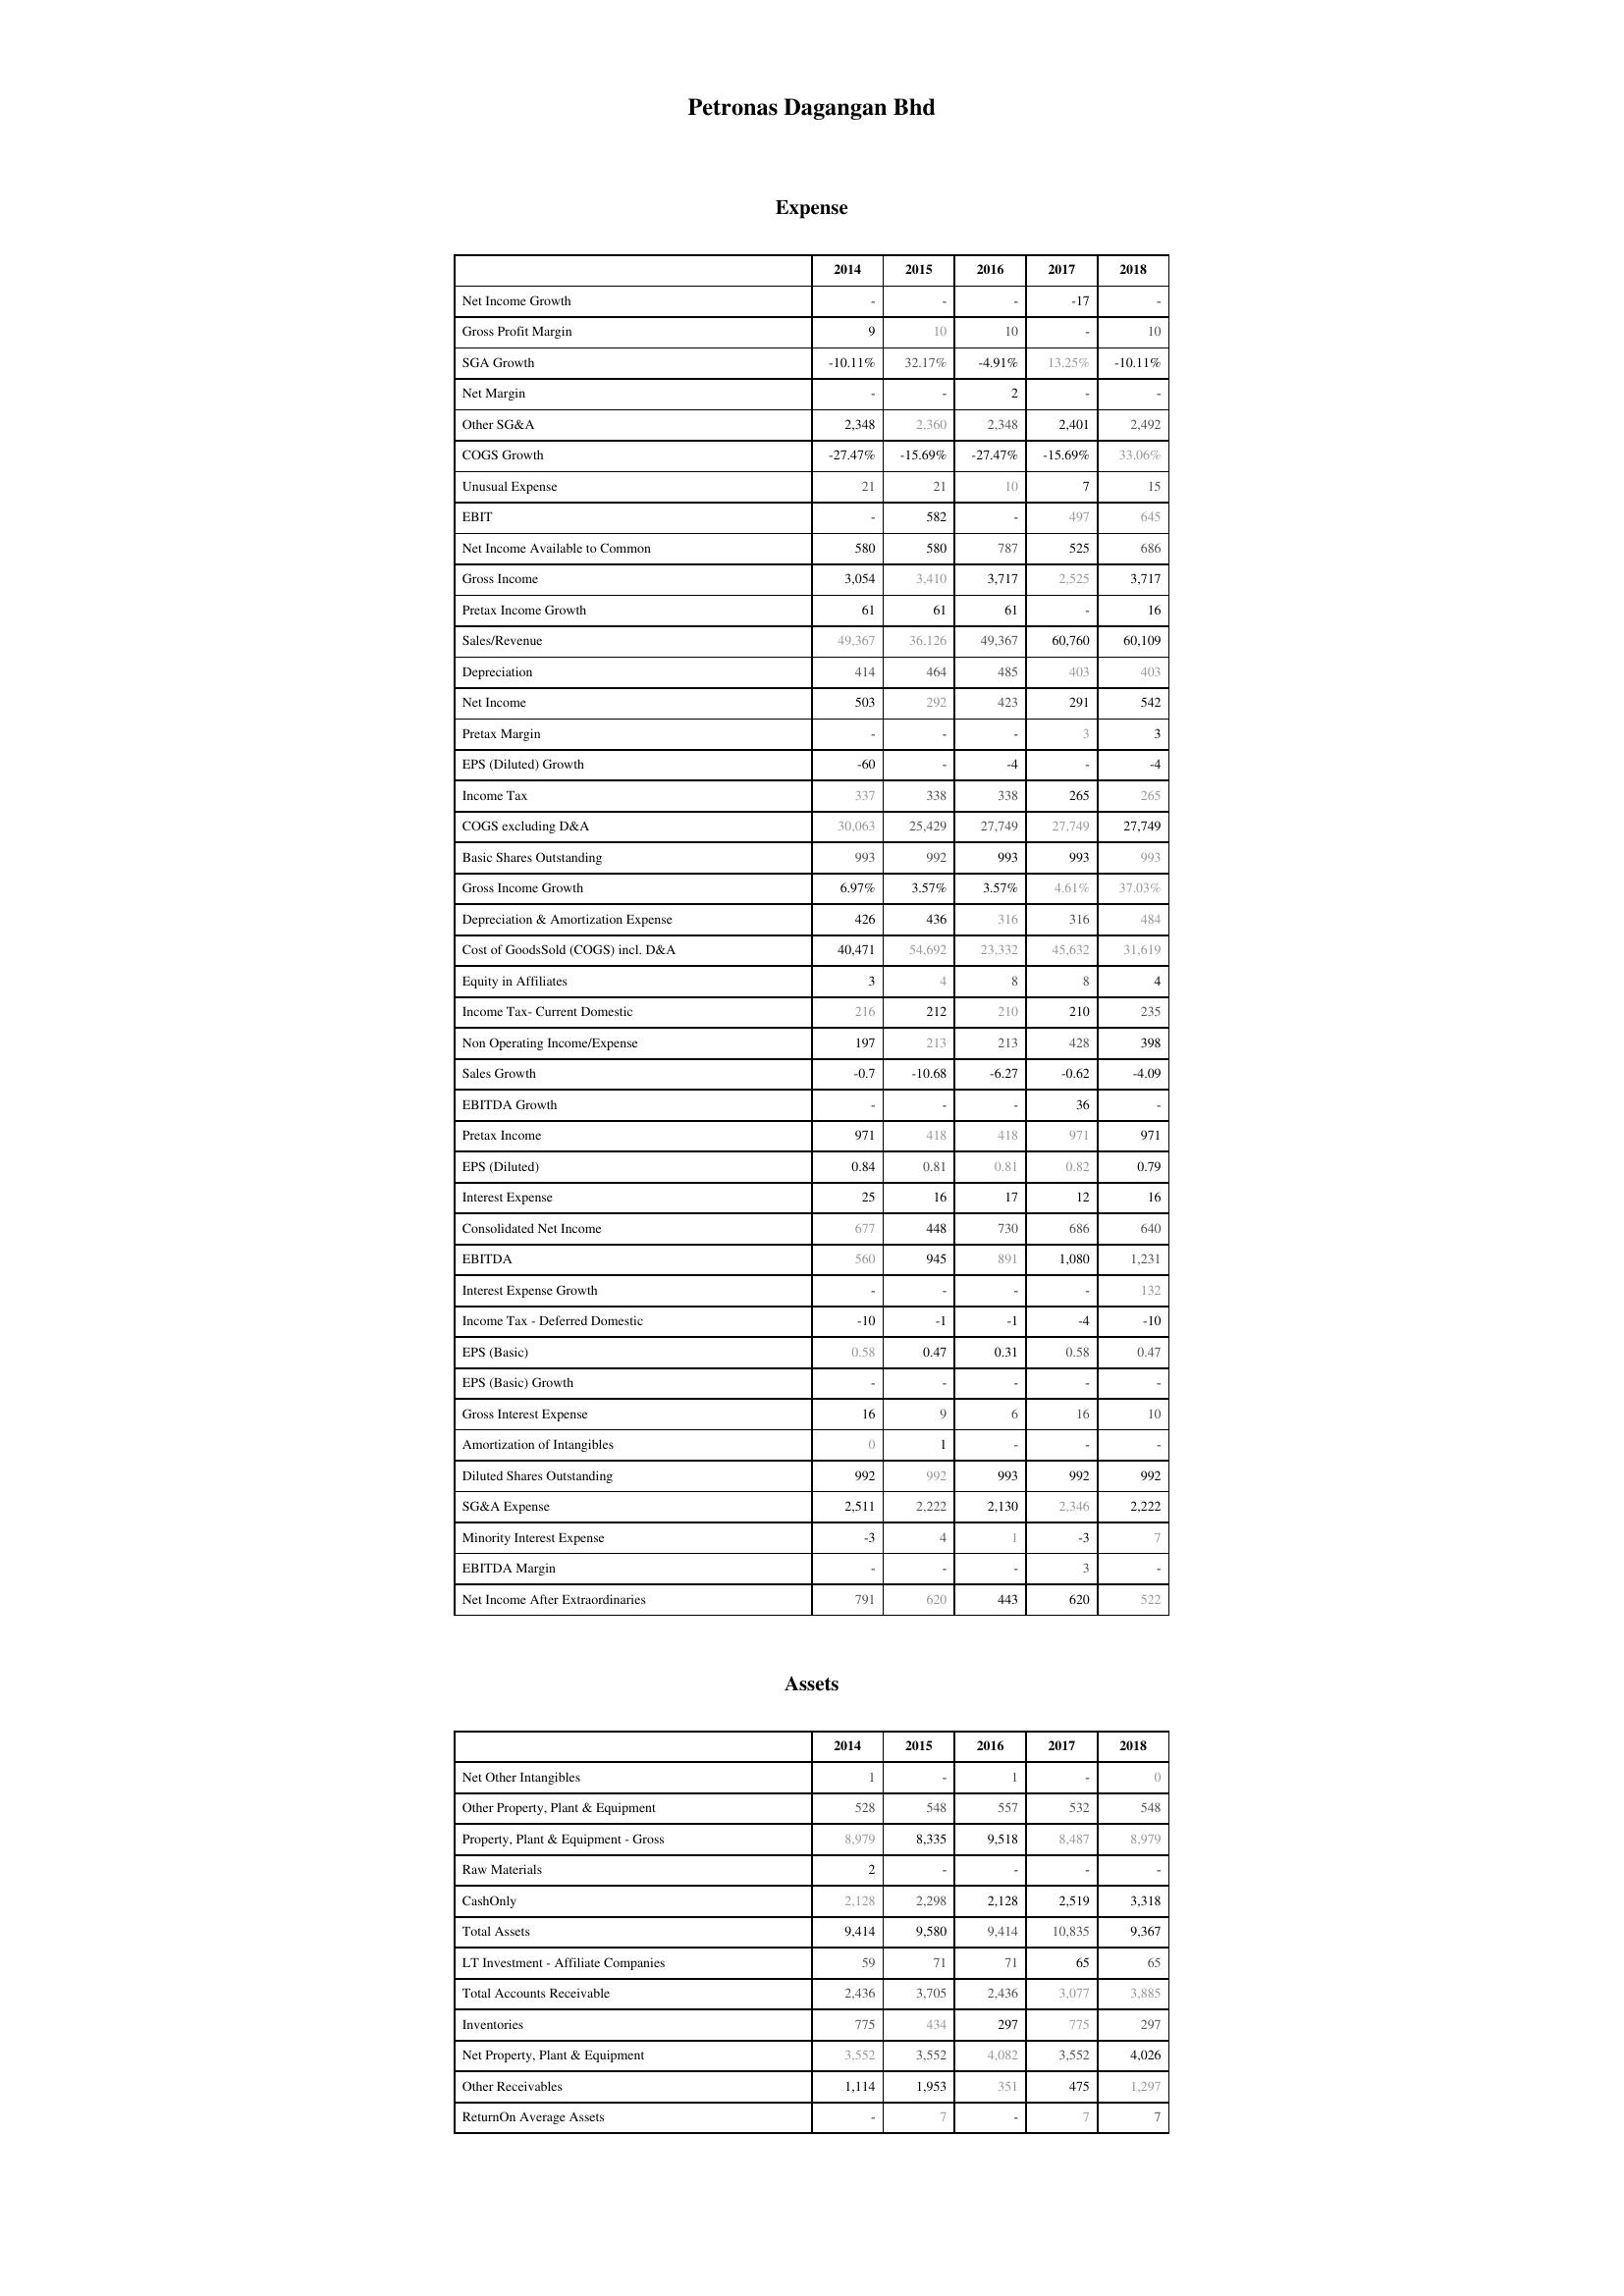
2014: Expense: Net Income Growth: -
Gross Profit Margin: 9
SGA Growth: -10.11%
Net Margin: -
Other SG&A: 2,348
COGS Growth: -27.47%
Unusual Expense: 21
EBIT: -
Net Income Available to Common: 580
Gross Income: 3,054
Pretax Income Growth: 61
Sales/Revenue: 49,367
Depreciation: 414
Net Income: 503
Pretax Margin: -
EPS (Diluted) Growth: -60
Income Tax: 337
COGS excluding D&A: 30,063
Basic Shares Outstanding: 993
Gross Income Growth: 6.97%
Depreciation & Amortization Expense: 426
Cost of GoodsSold (COGS) incl. D&A: 40,471
Equity in Affiliates: 3
Income Tax- Current Domestic: 216
Non Operating Income/Expense: 197
Sales Growth: -0.7
EBITDA Growth: -
Pretax Income: 971
EPS (Diluted): 0.84
Interest Expense: 25
Consolidated Net Income: 677
EBITDA: 560
Interest Expense Growth: -
Income Tax - Deferred Domestic: -10
EPS (Basic): 0.58
EPS (Basic) Growth: -
Gross Interest Expense: 16
Amortization of Intangibles: 0
Diluted Shares Outstanding: 992
SG&A Expense: 2,511
Minority Interest Expense: -3
EBITDA Margin: -
Net Income After Extraordinaries: 791
Assets: Net Other Intangibles: 1
Other Property, Plant & Equipment: 528
Property, Plant & Equipment - Gross : 8,979
Raw Materials: 2
CashOnly: 2,128
Total Assets: 9,414
LT Investment - Affiliate Companies: 59
Total Accounts Receivable: 2,436
Inventories: 775
Net Property, Plant & Equipment: 3,552
Other Receivables: 1,114
ReturnOn Average Assets: -
2015: Expense: Net Income Growth: -
Gross Profit Margin: 10
SGA Growth: 32.17%
Net Margin: -
Other SG&A: 2,360
COGS Growth: -15.69%
Unusual Expense: 21
EBIT: 582
Net Income Available to Common: 580
Gross Income: 3,410
Pretax Income Growth: 61
Sales/Revenue: 36,126
Depreciation: 464
Net Income: 292
Pretax Margin: -
EPS (Diluted) Growth: -
Income Tax: 338
COGS excluding D&A: 25,429
Basic Shares Outstanding: 992
Gross Income Growth: 3.57%
Depreciation & Amortization Expense: 436
Cost of GoodsSold (COGS) incl. D&A: 54,692
Equity in Affiliates: 4
Income Tax- Current Domestic: 212
Non Operating Income/Expense: 213
Sales Growth: -10.68
EBITDA Growth: -
Pretax Income: 418
EPS (Diluted): 0.81
Interest Expense: 16
Consolidated Net Income: 448
EBITDA: 945
Interest Expense Growth: -
Income Tax - Deferred Domestic: -1
EPS (Basic): 0.47
EPS (Basic) Growth: -
Gross Interest Expense: 9
Amortization of Intangibles: 1
Diluted Shares Outstanding: 992
SG&A Expense: 2,222
Minority Interest Expense: 4
EBITDA Margin: -
Net Income After Extraordinaries: 620
Assets: Net Other Intangibles: -
Other Property, Plant & Equipment: 548
Property, Plant & Equipment - Gross : 8,335
Raw Materials: -
CashOnly: 2,298
Total Assets: 9,580
LT Investment - Affiliate Companies: 71
Total Accounts Receivable: 3,705
Inventories: 434
Net Property, Plant & Equipment: 3,552
Other Receivables: 1,953
ReturnOn Average Assets: 7
2016: Expense: Net Income Growth: -
Gross Profit Margin: 10
SGA Growth: -4.91%
Net Margin: 2
Other SG&A: 2,348
COGS Growth: -27.47%
Unusual Expense: 10
EBIT: -
Net Income Available to Common: 787
Gross Income: 3,717
Pretax Income Growth: 61
Sales/Revenue: 49,367
Depreciation: 485
Net Income: 423
Pretax Margin: -
EPS (Diluted) Growth: -4
Income Tax: 338
COGS excluding D&A: 27,749
Basic Shares Outstanding: 993
Gross Income Growth: 3.57%
Depreciation & Amortization Expense: 316
Cost of GoodsSold (COGS) incl. D&A: 23,332
Equity in Affiliates: 8
Income Tax- Current Domestic: 210
Non Operating Income/Expense: 213
Sales Growth: -6.27
EBITDA Growth: -
Pretax Income: 418
EPS (Diluted): 0.81
Interest Expense: 17
Consolidated Net Income: 730
EBITDA: 891
Interest Expense Growth: -
Income Tax - Deferred Domestic: -1
EPS (Basic): 0.31
EPS (Basic) Growth: -
Gross Interest Expense: 6
Amortization of Intangibles: -
Diluted Shares Outstanding: 993
SG&A Expense: 2,130
Minority Interest Expense: 1
EBITDA Margin: -
Net Income After Extraordinaries: 443
Assets: Net Other Intangibles: 1
Other Property, Plant & Equipment: 557
Property, Plant & Equipment - Gross : 9,518
Raw Materials: -
CashOnly: 2,128
Total Assets: 9,414
LT Investment - Affiliate Companies: 71
Total Accounts Receivable: 2,436
Inventories: 297
Net Property, Plant & Equipment: 4,082
Other Receivables: 351
ReturnOn Average Assets: -
2017: Expense: Net Income Growth: -17
Gross Profit Margin: -
SGA Growth: 13.25%
Net Margin: -
Other SG&A: 2,401
COGS Growth: -15.69%
Unusual Expense: 7
EBIT: 497
Net Income Available to Common: 525
Gross Income: 2,525
Pretax Income Growth: -
Sales/Revenue: 60,760
Depreciation: 403
Net Income: 291
Pretax Margin: 3
EPS (Diluted) Growth: -
Income Tax: 265
COGS excluding D&A: 27,749
Basic Shares Outstanding: 993
Gross Income Growth: 4.61%
Depreciation & Amortization Expense: 316
Cost of GoodsSold (COGS) incl. D&A: 45,632
Equity in Affiliates: 8
Income Tax- Current Domestic: 210
Non Operating Income/Expense: 428
Sales Growth: -0.62
EBITDA Growth: 36
Pretax Income: 971
EPS (Diluted): 0.82
Interest Expense: 12
Consolidated Net Income: 686
EBITDA: 1,080
Interest Expense Growth: -
Income Tax - Deferred Domestic: -4
EPS (Basic): 0.58
EPS (Basic) Growth: -
Gross Interest Expense: 16
Amortization of Intangibles: -
Diluted Shares Outstanding: 992
SG&A Expense: 2,346
Minority Interest Expense: -3
EBITDA Margin: 3
Net Income After Extraordinaries: 620
Assets: Net Other Intangibles: -
Other Property, Plant & Equipment: 532
Property, Plant & Equipment - Gross : 8,487
Raw Materials: -
CashOnly: 2,519
Total Assets: 10,835
LT Investment - Affiliate Companies: 65
Total Accounts Receivable: 3,077
Inventories: 775
Net Property, Plant & Equipment: 3,552
Other Receivables: 475
ReturnOn Average Assets: 7
2018: Expense: Net Income Growth: -
Gross Profit Margin: 10
SGA Growth: -10.11%
Net Margin: -
Other SG&A: 2,492
COGS Growth: 33.06%
Unusual Expense: 15
EBIT: 645
Net Income Available to Common: 686
Gross Income: 3,717
Pretax Income Growth: 16
Sales/Revenue: 60,109
Depreciation: 403
Net Income: 542
Pretax Margin: 3
EPS (Diluted) Growth: -4
Income Tax: 265
COGS excluding D&A: 27,749
Basic Shares Outstanding: 993
Gross Income Growth: 37.03%
Depreciation & Amortization Expense: 484
Cost of GoodsSold (COGS) incl. D&A: 31,619
Equity in Affiliates: 4
Income Tax- Current Domestic: 235
Non Operating Income/Expense: 398
Sales Growth: -4.09
EBITDA Growth: -
Pretax Income: 971
EPS (Diluted): 0.79
Interest Expense: 16
Consolidated Net Income: 640
EBITDA: 1,231
Interest Expense Growth: 132
Income Tax - Deferred Domestic: -10
EPS (Basic): 0.47
EPS (Basic) Growth: -
Gross Interest Expense: 10
Amortization of Intangibles: -
Diluted Shares Outstanding: 992
SG&A Expense: 2,222
Minority Interest Expense: 7
EBITDA Margin: -
Net Income After Extraordinaries: 522
Assets: Net Other Intangibles: 0
Other Property, Plant & Equipment: 548
Property, Plant & Equipment - Gross : 8,979
Raw Materials: -
CashOnly: 3,318
Total Assets: 9,367
LT Investment - Affiliate Companies: 65
Total Accounts Receivable: 3,885
Inventories: 297
Net Property, Plant & Equipment: 4,026
Other Receivables: 1,297
ReturnOn Average Assets: 7